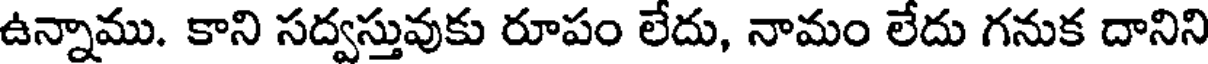
ఉన్నాము. కాని సద్వస్తువుకు రూపం లేదు, నామం లేదు గనుక దానిని